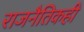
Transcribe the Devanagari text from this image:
राजनैतिकही